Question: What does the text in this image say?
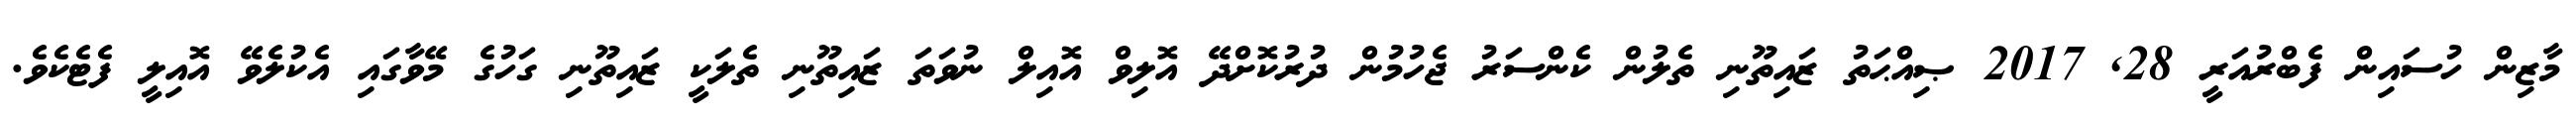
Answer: މާޒިން ހުސައިން ފެބްރުއަރީ 28, 2017 ޞިއްޙަތު ޒައިތޫނި ތެލުން ކެންސަރު ޖެހުމުން ދުރުކޮށްދޭ އޮލިވް އޮއިލް ނުވަތަ ޒައިތޫނި ތެލަކީ ޒައިތޫނި ގަހުގެ މޭވާގައި އެކުލެވޭ އޮއިލީ ފެޓެކެވެ.